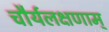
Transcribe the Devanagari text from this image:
चौर्यलक्षणाम्